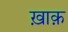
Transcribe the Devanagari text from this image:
ख़ाक़